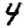
Digit: 4